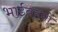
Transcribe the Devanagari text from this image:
भाईबहनों